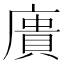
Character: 𢊮